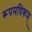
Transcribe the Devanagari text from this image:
रूपमधिकम्